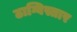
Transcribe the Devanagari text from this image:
ठाग्विस्तार